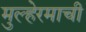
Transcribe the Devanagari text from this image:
मुल्हेरमाची